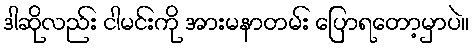
ဒါဆိုလည်း ငါမင်းကို အားမနာတမ်း ပြောရတော့မှာပဲ။